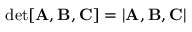
\mathrm { d e t } [ \mathbf { A } , \mathbf { B } , \mathbf { C } ] = | \mathbf { A } , \mathbf { B } , \mathbf { C } |